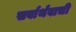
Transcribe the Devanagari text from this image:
सर्वार्थवाची